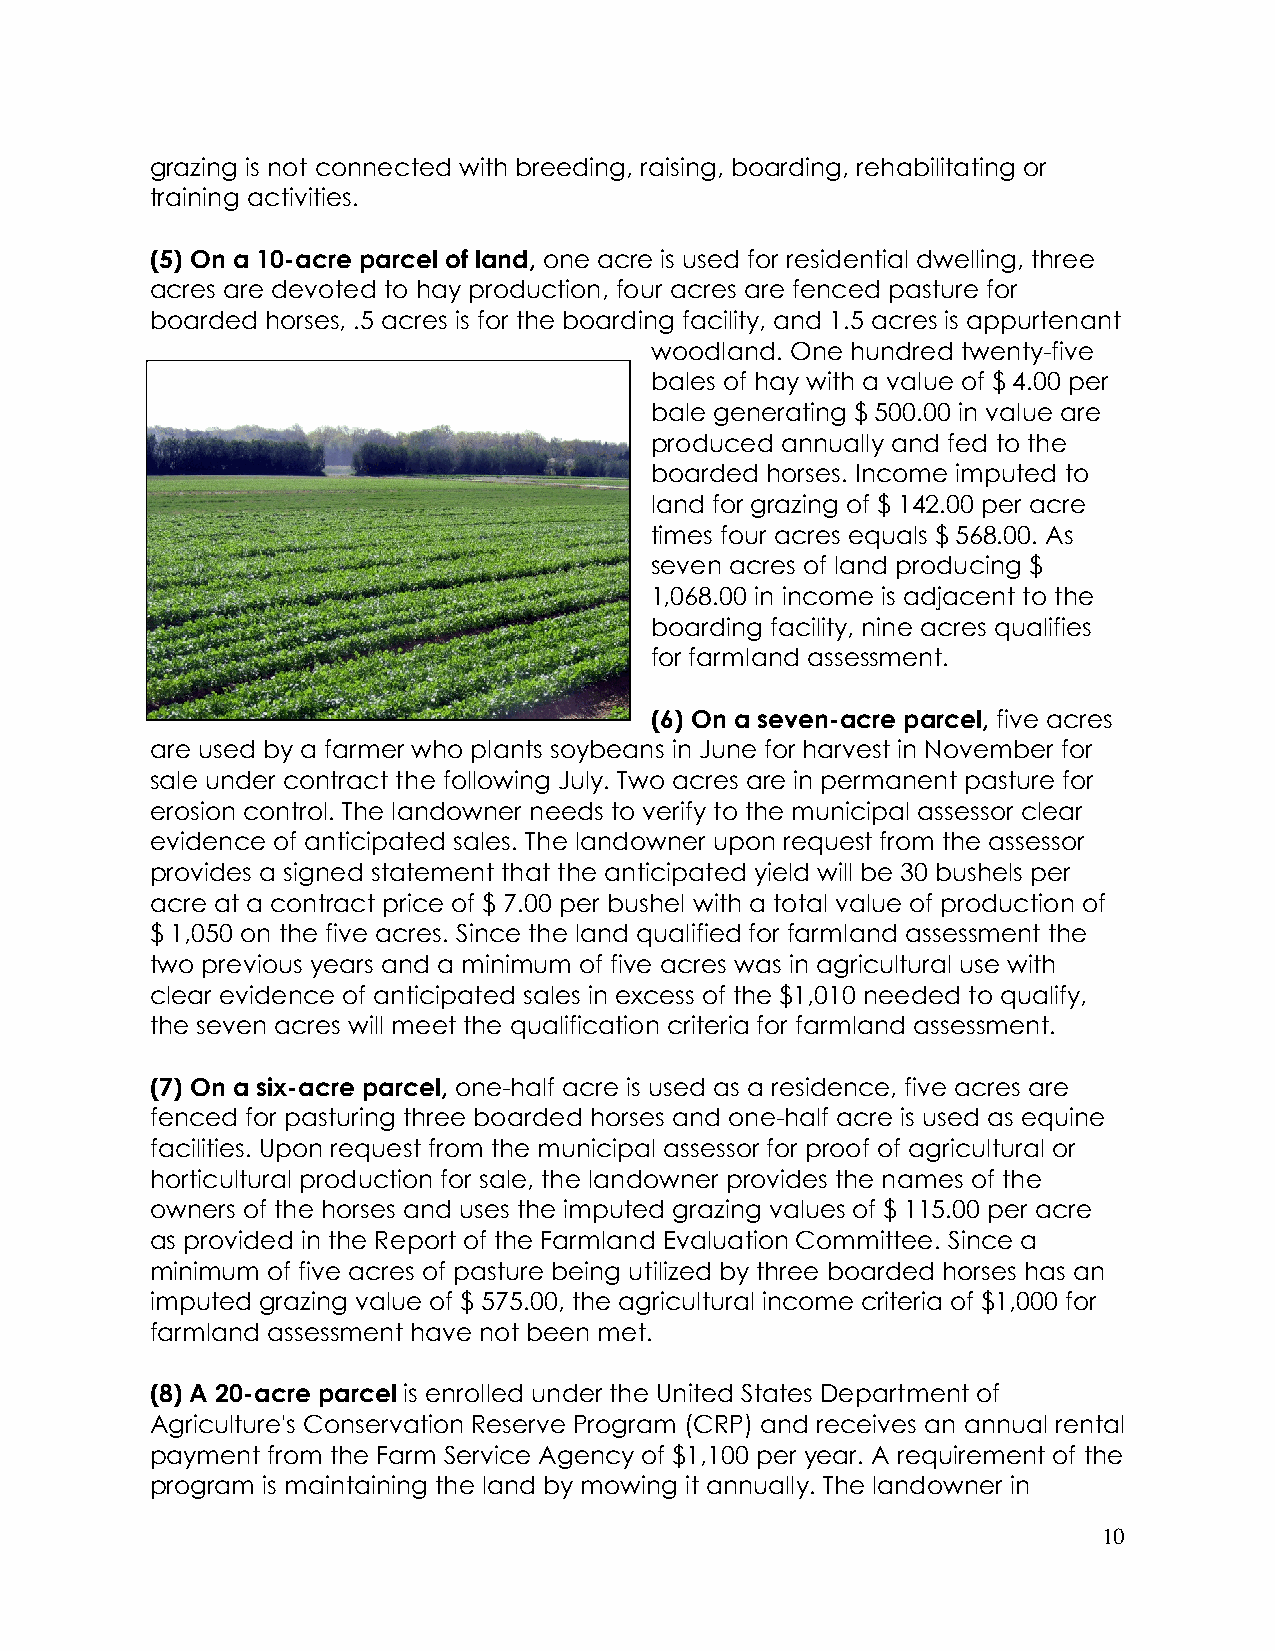
grazing is not connected with breeding, raising, boarding, rehabilitating or
 training activities.
 (5) On a 10-acre parcel of land, one acre is used for residential dwelling, three
 acres are devoted to hay production, four acres are fenced pasture for
 boarded horses, .5 acres is for the boarding facility, and 1.5 acres is appurtenant
 woodland. One hundred twenty-five
 bales of hay with a value of $ 4.00 per
 bale generating $ 500.00 in value are
 produced annually and fed to the
 boarded horses. Income imputed to
 land for grazing of $ 142.00 per acre
 times four acres equals $ 568.00. As
 seven acres of land producing $
 1,068.00 in income is adjacent to the
 boarding facility, nine acres qualifies
 for farmland assessment.
 (6) On a seven-acre parcel, five acres
 are used by a farmer who plants soybeans in June for harvest in November for
 sale under contract the following July. Two acres are in permanent pasture for
 erosion control. The landowner needs to verify to the municipal assessor clear
 evidence of anticipated sales. The landowner upon request from the assessor
 provides a signed statement that the anticipated yield will be 30 bushels per
 acre at a contract price of $ 7.00 per bushel with a total value of production of
 $ 1,050 on the five acres. Since the land qualified for farmland assessment the
 two previous years and a minimum of five acres was in agricultural use with
 clear evidence of anticipated sales in excess of the $1,010 needed to qualify,
 the seven acres will meet the qualification criteria for farmland assessment.
 (7) On a six-acre parcel, one-half acre is used as a residence, five acres are
 fenced for pasturing three boarded horses and one-half acre is used as equine
 facilities. Upon request from the municipal assessor for proof of agricultural or
 horticultural production for sale, the landowner provides the names of the
 owners of the horses and uses the imputed grazing values of $ 115.00 per acre
 as provided in the Report of the Farmland Evaluation Committee. Since a
 minimum of five acres of pasture being utilized by three boarded horses has an
 imputed grazing value of $ 575.00, the agricultural income criteria of $1,000 for
 farmland assessment have not been met.
 (8) A 20-acre parcel is enrolled under the United States Department of
 Agriculture's Conservation Reserve Program (CRP) and receives an annual rental
 payment from the Farm Service Agency of $1,100 per year. A requirement of the
 program is maintaining the land by mowing it annually. The landowner in
 10